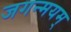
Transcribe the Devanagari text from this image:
जगन्मयम्